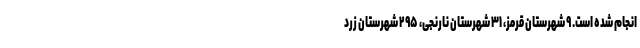
انجام شده است. ۹ شهرستان قرمز، ۳۱ شهرستان نارنجی، ۲۹۵ شهرستان زرد